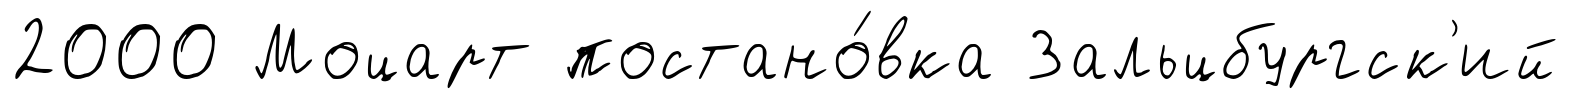
2000 Моцарт постано́вка Зальцбургск'ий